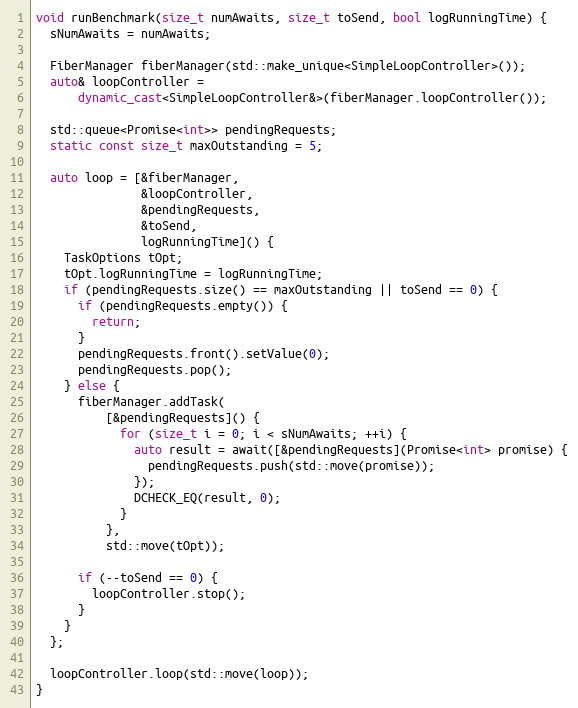
Language: C++
void runBenchmark(size_t numAwaits, size_t toSend, bool logRunningTime) {
  sNumAwaits = numAwaits;

  FiberManager fiberManager(std::make_unique<SimpleLoopController>());
  auto& loopController =
      dynamic_cast<SimpleLoopController&>(fiberManager.loopController());

  std::queue<Promise<int>> pendingRequests;
  static const size_t maxOutstanding = 5;

  auto loop = [&fiberManager,
               &loopController,
               &pendingRequests,
               &toSend,
               logRunningTime]() {
    TaskOptions tOpt;
    tOpt.logRunningTime = logRunningTime;
    if (pendingRequests.size() == maxOutstanding || toSend == 0) {
      if (pendingRequests.empty()) {
        return;
      }
      pendingRequests.front().setValue(0);
      pendingRequests.pop();
    } else {
      fiberManager.addTask(
          [&pendingRequests]() {
            for (size_t i = 0; i < sNumAwaits; ++i) {
              auto result = await([&pendingRequests](Promise<int> promise) {
                pendingRequests.push(std::move(promise));
              });
              DCHECK_EQ(result, 0);
            }
          },
          std::move(tOpt));

      if (--toSend == 0) {
        loopController.stop();
      }
    }
  };

  loopController.loop(std::move(loop));
}